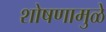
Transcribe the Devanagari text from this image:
शोषणामुळे